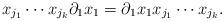
LaTeX: \begin{align*}x_{j_1}\cdots x_{j_k}\partial_1x_1 = \partial_1x_1x_{j_1}\cdots x_{j_k} .\end{align*}